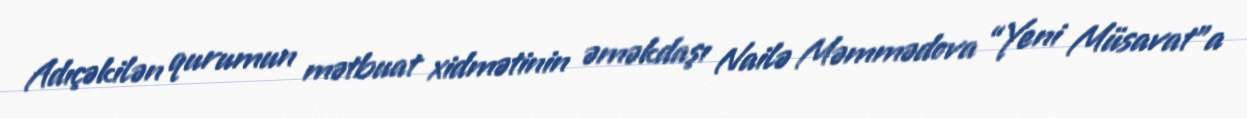
Adıçəkilən qurumun mətbuat xidmətinin əməkdaşı Nailə Məmmədova “Yeni Müsavat”a